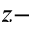
z -